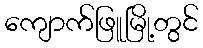
ကျောက်ဖြူမြို့တွင်